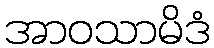
အာဝသာမိဒံ